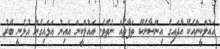
އައުލްކީންއެކޭ އާދައިގެ އިންސާނެކޭ ތަފާތެއް ނެތެވެ. އައުލްކީން އައިނު އަޅައިގެން އުޅެނީ ބޭރު